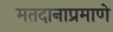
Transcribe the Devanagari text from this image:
मतदानाप्रमाणे